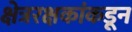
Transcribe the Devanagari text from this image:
क्षेत्ररक्षकांकडून